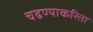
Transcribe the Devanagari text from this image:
चढण्याकरिता